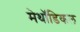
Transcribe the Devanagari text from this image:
मेथॉडिकल